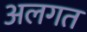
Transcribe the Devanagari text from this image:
अलगत